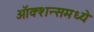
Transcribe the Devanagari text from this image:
ऑक्शन्समध्ये